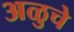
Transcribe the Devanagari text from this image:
अळुचे